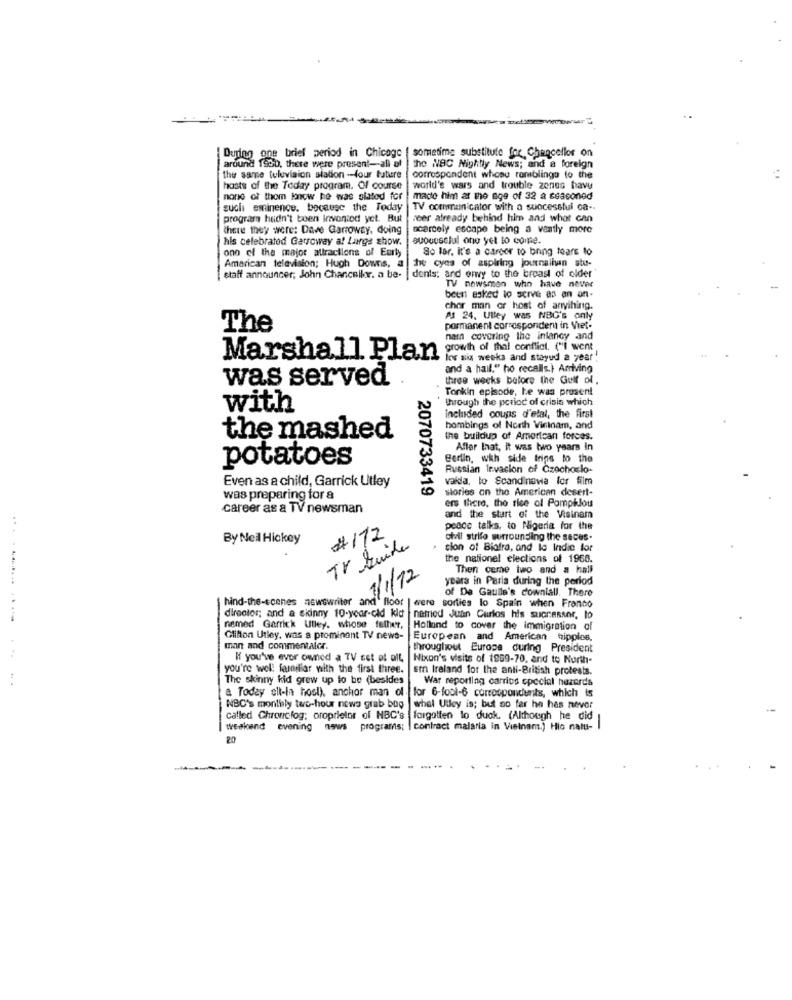
During one brief period in Chicago
sometime substitute for Chancellor on
around 1960, there were present-ali al | he NBC Nightly News; and a foreign
the same television station -- four future
correspondent whose ramblings to the
hosts of the Today program. Of course
world's wars and trouble zones have
none of them know he was slated for
made him at the age of 32 a seasoned
suoli eminence. because the Today
TV communicator with a successful ca --
program hadn't boen Invoniod yet. But
reer already behind him and what can
there they were: Dave Garroway, doing
scarcely escape being a vantly more
his celebrated Garroway a! Large show.
suoueselul one yet to come.
one of the major attractions of Early
So lar. it's a career to bring tears to
Amarican television; Hugh Downs, a
he cyes of aspiring journalhun stu-
staff announcer; John Chancellor. a be- | dents: ard envy to the breast of older
TV newsmen who have never
been asked to serve as en an-
chor man or host of anyihing.
At 24. Ulley was NBC's only
The
permanent corresponderui in Viet-
namn covering the inlaney and
growth of thal conflict. ("I went
Marshall Plan
Ins six weeks and stayud a year!
and a hail." ho recalls.) Arriving
was served
three weeks before the Gulf ol.
Tonkin episode, Le was prosent
through the period of crisis which
with
included coups d'etal, the first
bombings of North Wirinam, and
the mashed
the buildup of American forces.
Affer that, it was two years in
potatoes
Berlin, with side trins to the
Russian Invasion of Czechoslo-
Even as a child, Garrick Utley
valda, lo Scandinavia for film
2070733419
stories on the American desert-
was preparing for a
ers there. the rise of Pampklou
career as a TV newsman
and the start of the Visinam
#172
peace talks. to Nigeria for the
By Neil Hickey
chvil strife surrounding the seces-
TV Guide
cion of Biafra, and la Indie for
the nationel elections of 1966.
Then came two and a hall
3/1/12
years in Paris during the period
of De Gaulle's cowniall. There
hind-the-scenes newswriter a
and Blood
I were sorties lo Spain when Franco
director; and a skinny 10-year-old kid
named Juan Carlos his successor, lo
nemed Garrick Utley, whose father,
Holland to cover the immigration of
Clifton Utley, was a prominent TV news-
European and American tipplos,
man and commentaicr.
throughout Europe during President
H you've ever owned a TV set of all,
Nixon's visits of 1969-70, and to North-
you're wel! familiar with the first three.
ern Ireland for the anti-British protests.
The skinny kid grew up to be (besides
War reporting carries cpecial hazards
a Today sii-la hool), anchor man of
for 6-fool-6 correspondents, which is
NBC's monthly two-hour news grab bog
whel Utley is; but so far he has never
called Chroncfog; proprietor of NBC's
forgotten lo duck. (Although he did
weekend evening news
programs; I contract malaria in Vietnam.) Hic natu- I
20